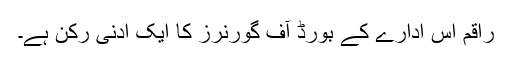
راقم اس ادارے کے بورڈ آف گورنرز کا ایک ادنیٰ رکن ہے۔